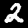
Digit: 2